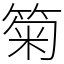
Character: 𥮗